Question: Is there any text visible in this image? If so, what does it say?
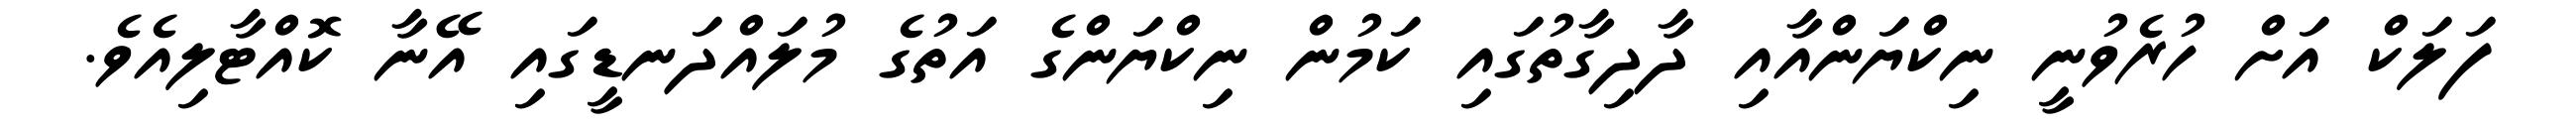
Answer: ފަލަކް އަށް ހުރެވުނީ ނިކްޔަންއާއި ދާދިގާތުގައި ކަމުން ނިކްޔަންގެ އަތުގެ މުލައްދަނޑީގައި އޭނާ ކޮއްޓާލިއެވެ.